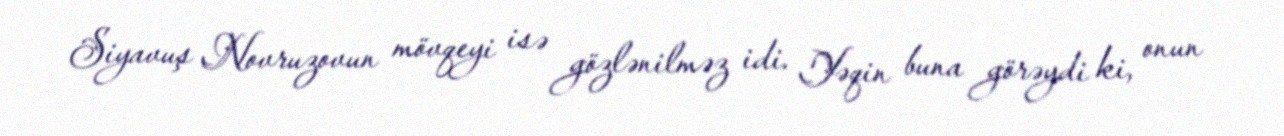
Siyavuş Novruzovun mövqeyi isə gözlənilməz idi. Yəqin buna görəydi ki, onun